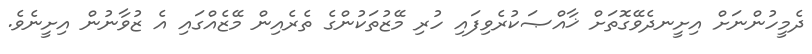
ދެމީހުންނަށް އިށީނދެވޭގޮތަށް ޚާއްޞަކުރެވިފައި ހުރި މޭޒުތަކުންގެ ތެރެއިން މޭޒެއްގައި އެ ޒުވާނުން އިށީނެވެ.